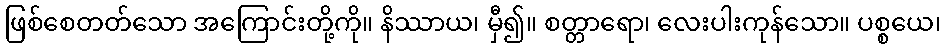
ဖြစ်စေတတ်သော အကြောင်းတို့ကို။ နိဿာယ၊ မှီ၍။ စတ္တာရော၊ လေးပါးကုန်သော။ ပစ္စယေ၊